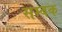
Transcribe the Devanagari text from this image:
सम्बक